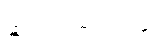
ဆင်းသက်လာသူ